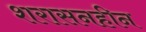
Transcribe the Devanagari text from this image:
शरासनहीन